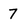
Character: 7